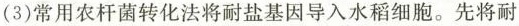
(3)常用农杆菌转化法将耐盐基因导入水稻细胞。先将耐